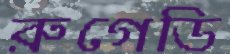
রুগেডি